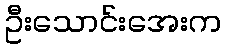
ဦးသောင်းအေးက